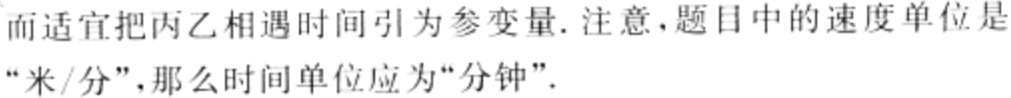
而适宜把丙乙相遇时间引为参变量. 注意，题目中的速度单位是“米/分”，那么时间单位应为“分钟”.